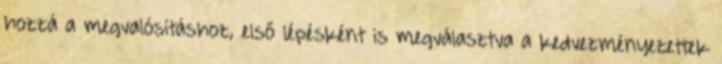
hozzá a megvalósításhoz, első lépésként is megválasztva a kedvezményezettek